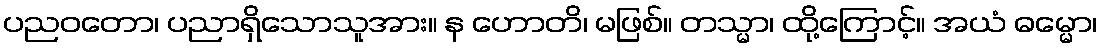
ပညဝတော၊ ပညာရှိသောသူအား။ န ဟောတိ၊ မဖြစ်။ တသ္မာ၊ ထို့ကြောင့်။ အယံ ဓမ္မော၊